Indian journal of veterinary science and animal husbandry - Volume 13,
Year: 1943
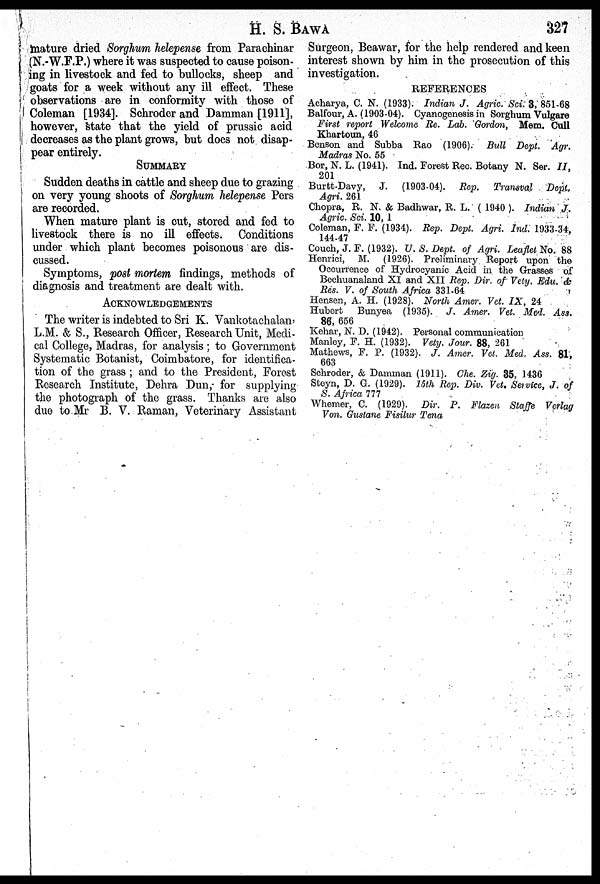
H. S.
BAWA
327
mature dried Sorghum helepense from Parachinar
(N.-W.F.P.) where it was suspected to cause poison-
ing in livestock and fed to bullocks, sheep and
goats for a week without any ill effect. These
observations are in conformity with those of
Coleman [1934]. Schroder and Damman [1911],
however, state that the yield of prussic acid
decreases as the plant grows, but does not disap-
pear entirely.
SUMMARY
Sudden deaths in cattle and sheep due to grazing
on very young shoots of Sorghum helepense Pers
are recorded.
When mature plant is cut, stored and fed to
livestock there is no ill effects. Conditions
under which plant becomes poisonous are dis-
cussed.
Symptoms, post mortem findings, methods of
diagnosis and treatment are dealt with.
ACKNOWLEDGEMENTS
The writer is indebted to Sri K. Vankotachalan,
L.M. & S., Research Officer, Research Unit, Medi-
cal College, Madras, for analysis; to Government
Systematic Botanist, Coimbatore, for identifica-
tion of the grass; and to the President, Forest
Research Institute, Dehra Dun, for supplying
the photograph of the grass. Thanks are also
due to Mr B. V. Raman, Veterinary Assistant
Surgeon, Beawar, for the help rendered and keen
interest shown by him in the prosecution of this
investigation.
REFERENCES
Acharya, C. N. (1933). Indian J. Agric. Sci. 3, 851-68
Balfour, A. (1903-04). Cyanogenesis in Sorghum Vulgare
First report Welcome Re. Lab. Gordon, Mem. Cull
Khartoun, 46
Benson and Subba Rao (1906). Bull Dept. Agr.
Madras No. 55
Bor, N. L. (1941). Ind. Forest Rec. Botany N. Ser. II,
201
Burtt-Davy, J. (1903-04). Rep. Transval Dept.
Agri. 261
Chopra, R. N. & Badhwar, R. L. (1940). Indian J.
Agric. Sci. 10, 1
Coleman, F. F. (1934). Rep. Dept. Agri. Ind. 1933-34,
144-47
Couch, J. F. (1932). U. S. Dept. of Agri. Leaflet No. 88
Henrici, M. (1926). Preliminary Report upon the
Occurrence of Hydrocyanic Acid in the Grasses of
Bechuanaland XI and XII Rep. Dir. of Vety. Edu. &
Res. V. of South Africa 331-64
Hensen, A. H. (1928). North Amer. Vet. IX, 24
Hubert Bunyea (1935). J. Amer. Vet. Med. Ass.
86, 656
Kehar, N. D. (1942). Personal communication
Manlcy, F. H. (1932). Vety. Jour. 88, 261
Mathews, F. P. (1932). J. Amer. Vet. Med. Ass. 81,
663
Schroder, & Damman (1911). Che. Zig. 35, 1436
Steyn, D. G. (1929). 15th Rep. Div. Vet. Service, J. of
S. Africa 777
Whemer, C. (1929). Dir. P. Flazen Staffe Verlag
Von. Gustane Fisilur Tena